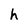
Character: h